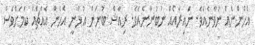
އެހެންނެއް ނުވާނެއެވެ. ނައިރާއެއް ނުބުނާނެއެވެ. ރިއާޝް ބުނަން އުޅުނީ އެހެން އެއްޗެއް ކަމަށްވެސް